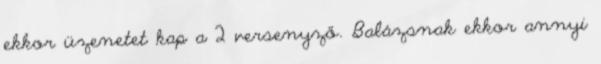
ekkor üzenetet kap a 2 versenyző. Balázsnak ekkor annyi